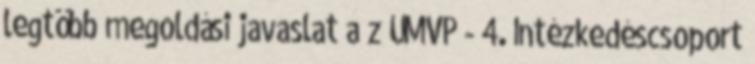
legtöbb megoldási javaslat a z ÚMVP - 4. Intézkedéscsoport